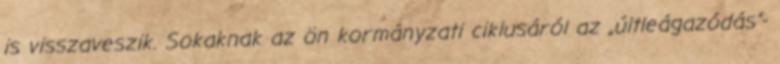
is visszaveszik. Sokaknak az ön kormányzati ciklusáról az „últleágazódás”-